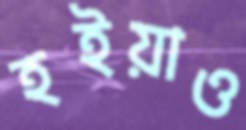
হইয়াও